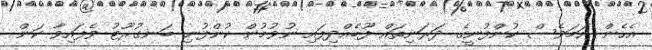
އެހެން ނަމަވެސް ކުންފުނީގެ ދަރަނިތައް ފޫބެއްދިފައި ނުވުމުން ކުންފުނި ބަނގުރޫޓު ވެފައިވާ ކަން